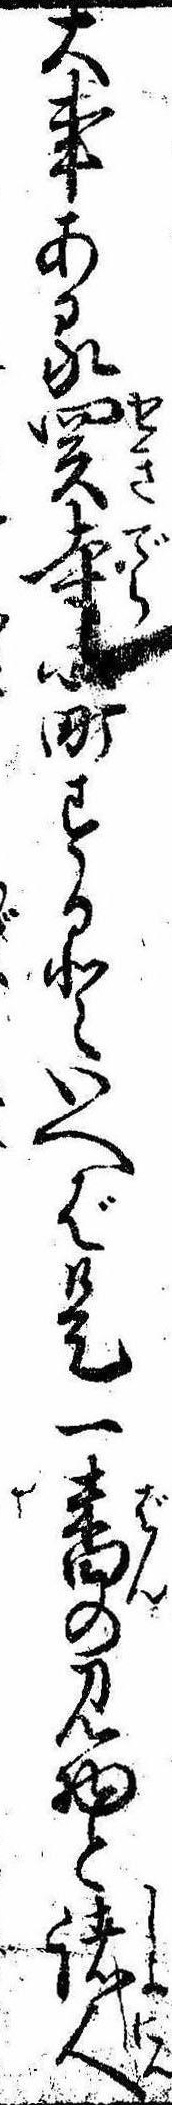
大事ある関寺町するといへば是一番の見物と諸人